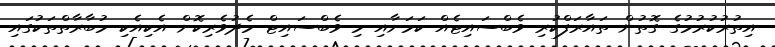
އިތުރުކުރުމުގެ ގޮތުން ތައާރަފްކުރި ވެބްސައިޓެއް ކަމަށާއި މި ވެބްސައިޓް މެދުވެރިކޮށް އެކިއެކި މުބާރާތްތަކުގައި